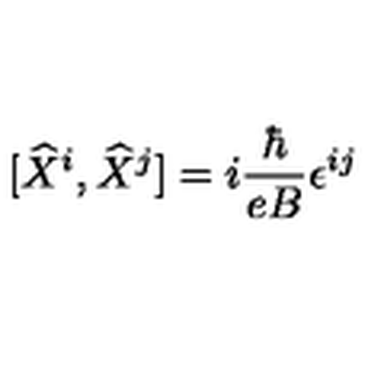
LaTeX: \lbrack \widehat { X } ^ { i } , \widehat { X } ^ { j } ] = i \frac { \hbar } { e B } \epsilon ^ { i j }